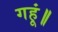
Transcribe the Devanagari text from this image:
गहूं॥